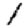
Digit: 1